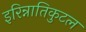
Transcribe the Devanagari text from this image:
इरिन्नातिकुटल